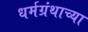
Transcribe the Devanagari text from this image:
धर्मग्रंथाच्या